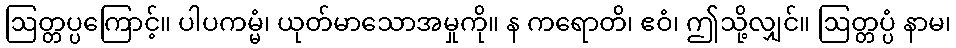
ဩတ္တပ္ပကြောင့်။ ပါပကမ္မံ၊ ယုတ်မာသောအမှုကို။ န ကရောတိ၊ ဧဝံ၊ ဤသို့လျှင်။ ဩတ္တပ္ပံ နာမ၊